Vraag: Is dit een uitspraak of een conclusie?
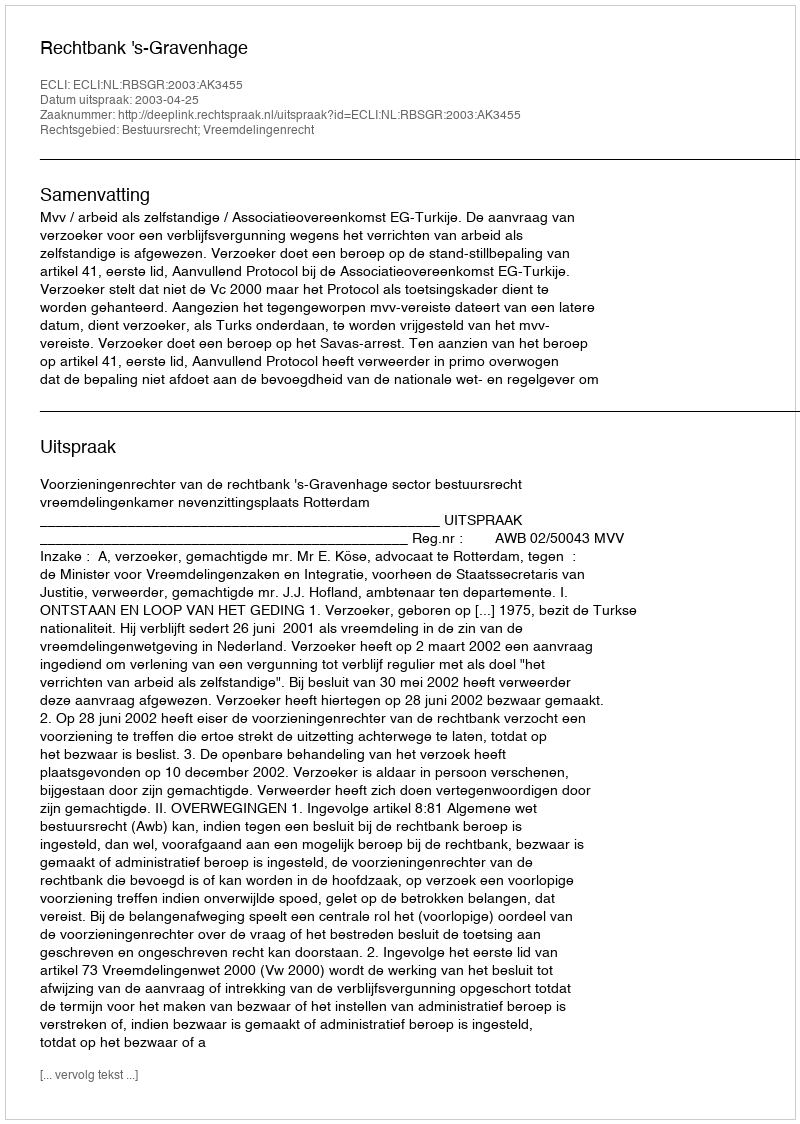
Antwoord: Uitspraak